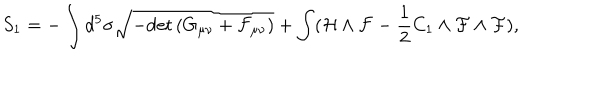
S _ { 1 } = - \int d ^ { 5 } \sigma \sqrt { - \mathrm { d e t } \, ( G _ { \mu \nu } + \cal F _ { \mu \nu } ) } + \int ( { \cal H } \wedge { \cal F } - \frac { 1 } { 2 } C _ { 1 } \wedge { \cal F } \wedge { \cal F } ) ,